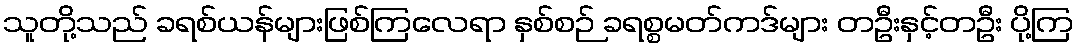
သူတို့သည် ခရစ်ယန်များဖြစ်ကြလေရာ နှစ်စဉ် ခရစ္စမတ်ကဒ်များ တဦးနှင့်တဦး ပို့ကြ